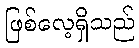
ဖြစ်လေ့ရှိသည်